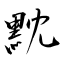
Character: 黕